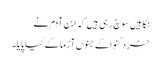
نگاہیں سوچ رہی ہیں کہ ابن آدم نے
خرد گنوا کے جنوں آزما کے کیا پایا۔